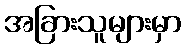
အခြားသူများမှာ